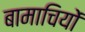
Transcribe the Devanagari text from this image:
बामाचियों